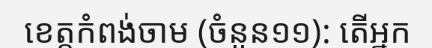
ខេត្តកំពង់ចាម (ចំនួន១១): តើអ្នក